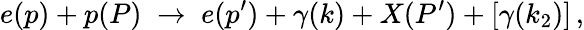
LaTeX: e(p)+p(P)\; \to\; e(p^{\prime})+\gamma(k)+X(P^{\prime})+\left[\gamma(k_{2})\right]\, ,